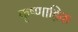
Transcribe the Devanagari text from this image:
कृष्णाह्रिक